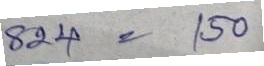
824 = 150